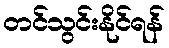
တင်သွင်းနိုင်ရန်